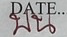
บน